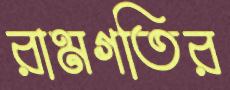
রামগতির